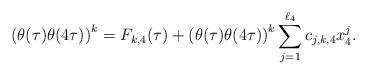
LaTeX: \begin{align*}\left(\theta(\tau)\theta(4\tau)\right)^{k}=F_{k,4}(\tau)+\left(\theta(\tau)\theta(4\tau)\right)^{k}\sum_{j=1}^{\ell_{4}}c_{j,k,4}x_{4}^{j}.\end{align*}